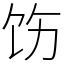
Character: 饬